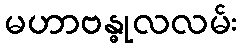
မဟာဗန္ဓုလလမ်း